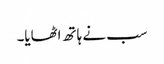
سب نے ہاتھ اٹھایا۔